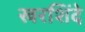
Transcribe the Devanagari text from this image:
खरशिंदे